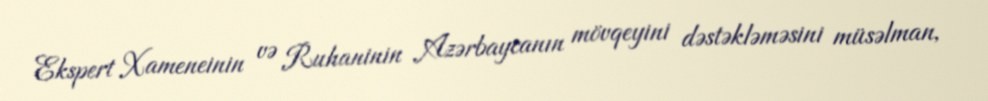
Ekspert Xameneinin və Ruhaninin Azərbaycanın mövqeyini dəstəkləməsini müsəlman,